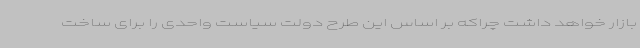
بازار خواهد داشت چراکه بر اساس این طرح دولت سیاست واحدی را برای ساخت